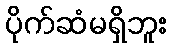
ပိုက်ဆံမရှိဘူး